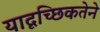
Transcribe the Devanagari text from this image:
यादृच्छिकतेने